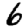
Digit: 6